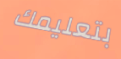
بتعليمك